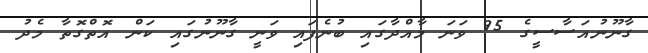
ގާނޫނުއަސާސީގެ 95 ވަނަ މާއްދާގައި ބުނެފައި ވަނީ ގާނޫނުގައި ކަން އޮތްގޮތާ މެދު